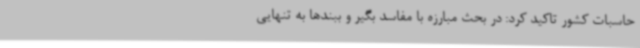
حاسبات کشور تاکید کرد: در بحث مبارزه با مفاسد بگیر و ببندها به تنهایی